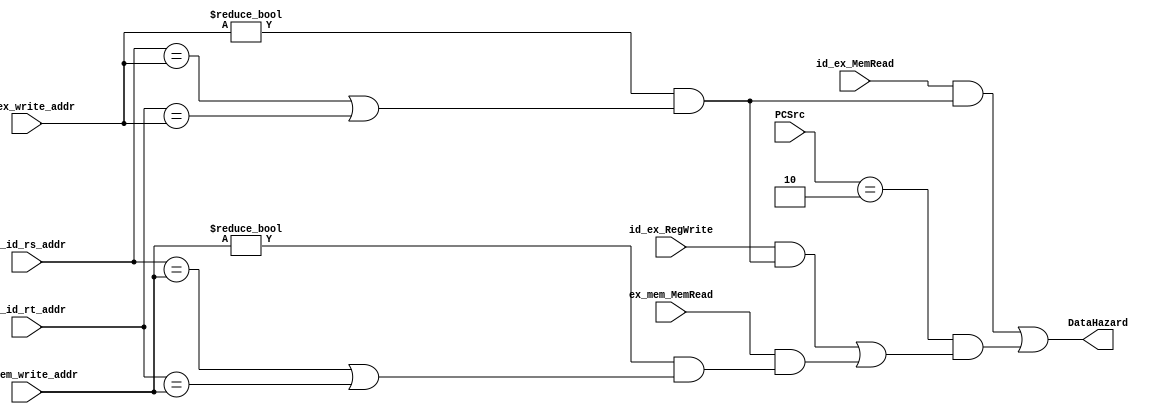
module HazardUnit(
         PCSrc, if_id_rs_addr, if_id_rt_addr,
         id_ex_RegWrite, id_ex_MemRead, id_ex_write_addr,
         ex_mem_MemRead, ex_mem_write_addr,
         DataHazard
       );
input [2:0] PCSrc;
input [4:0] if_id_rs_addr;
input [4:0] if_id_rt_addr;
input id_ex_RegWrite;
input id_ex_MemRead;
input [4:0] id_ex_write_addr;
input ex_mem_MemRead;
input [4:0] ex_mem_write_addr;
output DataHazard;

wire last =
     id_ex_write_addr != 0 &&
     (if_id_rs_addr == id_ex_write_addr || if_id_rt_addr == id_ex_write_addr);
wire second_last =
     ex_mem_write_addr != 0 &&
     (if_id_rs_addr == ex_mem_write_addr || if_id_rt_addr == ex_mem_write_addr);
wire lw = id_ex_MemRead && last;
wire jr =
     PCSrc == 3'b010 && // Jump Register instr
     // the last instr will write to source reg (stall 1 & forward from EX needed)
     ((id_ex_RegWrite && last) ||
      // the second last instr will load data to source reg (stall 1 & forward from MEM needed)
      (ex_mem_MemRead && second_last)
      // it's safe when the second last instr will write to source reg as the CPU writes to reg before it reads
      // and if the last instr will load data to source reg, the variable `lw` will handle it
     );

assign DataHazard = lw || jr;

endmodule